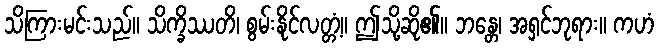
သိကြားမင်းသည်။ သိက္ခိဿတိ၊ စွမ်းနိုင်လတ္တံ့။ ဤသို့ဆို၏။ ဘန္တေ၊ အရှင်ဘုရား။ ကဟံ